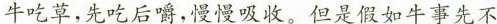
牛吃草，先吃后嚼，慢慢吸收。但是假如牛事先不